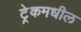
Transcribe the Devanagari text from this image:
ट्रेकमधील